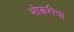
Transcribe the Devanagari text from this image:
भोकरीचा